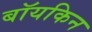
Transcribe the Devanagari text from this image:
बॉयकिन